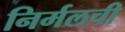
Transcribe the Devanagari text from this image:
निर्मलची